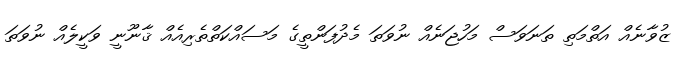
ޒުވާނެއް އަތްމަތި ތަނަވަސް މަހުޖަނެއް ނުވަތަ މެދުފަންތީގެ މަސައްކަތްތެރިއެއް ޤާނޫނީ ވަކީލެއް ނުވަތަ